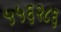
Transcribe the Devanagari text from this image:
५५६२८६